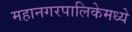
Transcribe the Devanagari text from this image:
महानगरपालिकेमध्ये